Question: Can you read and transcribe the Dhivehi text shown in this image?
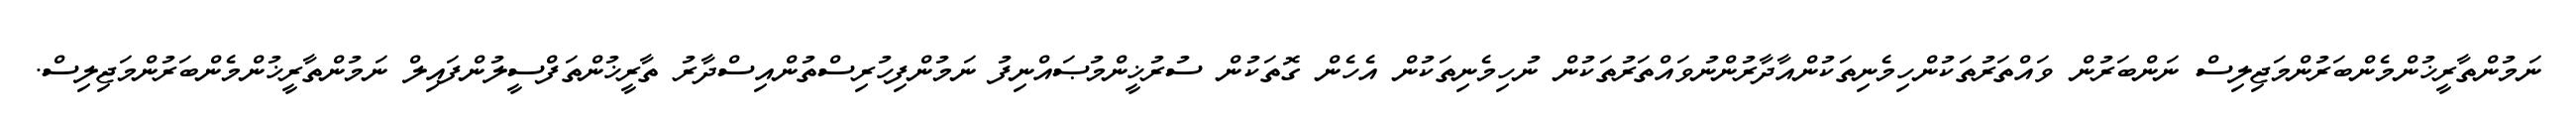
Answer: ނަމުންތާރީޚުންމެންބަރުންމަޖިލިސް ނަންބަރުން ވައްތަރުތަކުންހިމެނިތަކުންއާދާރުންނުވައްތަރުތަކުން ނުހިމެނިތަކުން އެހެން ގޮތަކުން ސުރުޚީންމުޞައްނިފު ނަމުންފިހުރިސްތުންއިސްދާރު ތާރީޚުންތަފްސީލުންފައިލް ނަމުންތާރީޚުންމެންބަރުންމަޖިލިސް.